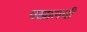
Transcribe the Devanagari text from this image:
पखालची